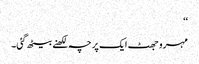
‘‘
مہرو جھٹ ایک پرچہ لکھنے بیٹھ گئی۔